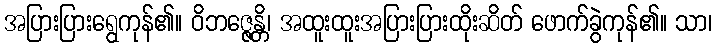
အပြားပြားရွေကုန်၏။ ဝိဘဇ္ဇေန္တိ၊ အထူးထူးအပြားပြားထိုးဆိတ် ဖောက်ခွဲကုန်၏။ သာ၊